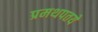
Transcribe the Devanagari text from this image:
प्रमथपतये